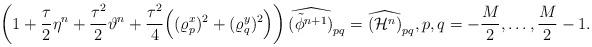
LaTeX: \begin{align*} \left(1+\frac{\tau}{2}\eta^n+\frac{\tau^2}{2}\vartheta^n+\frac{\tau^2}{4}\Big((\varrho^{x}_{p})^2+(\varrho^{y}_{q})^2\Big)\right)\widehat{(\tilde{\phi}^{n+1})}_{pq}= \widehat{(\mathcal{H}^n)}_{pq},p,q=-\frac{M}{2},\ldots,\frac{M}{2}-1. \end{align*}